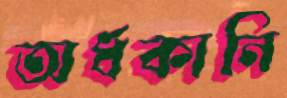
অর্ধকানি